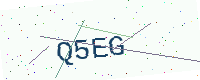
Text: Q5EG